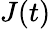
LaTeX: J(t)